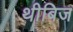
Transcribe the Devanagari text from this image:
थीबिज